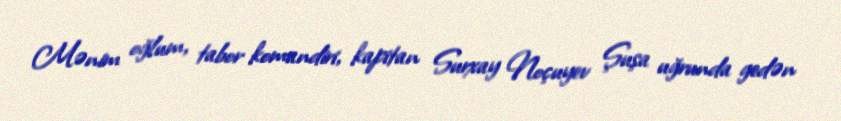
Mənim oğlum, tabor komandiri, kapitan Surxay Noçuyev Şuşa uğrunda gedən